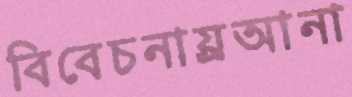
বিবেচনায়্রআনা